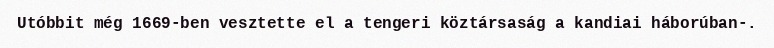
Utóbbit még 1669-ben vesztette el a tengeri köztársaság a kandiai háborúban-.